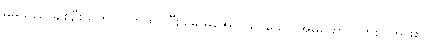
မိမိသည် ချစ်ဦးသူကို လက်ထပ်ပြီးခါမှ မအောင်မြင်သော အိမ်ထောင် တစ်ခုအဖြစ်